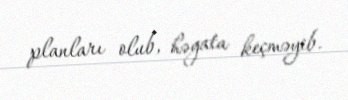
planları olub, həyata keçməyib.